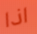
اذا